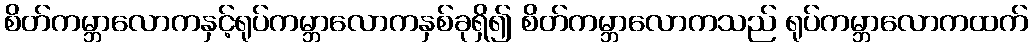
စိတ်ကမ္ဘာလောကနှင့်ရုပ်ကမ္ဘာလောကနှစ်ခုရှိ၍ စိတ်ကမ္ဘာလောကသည် ရုပ်ကမ္ဘာလောကထက်